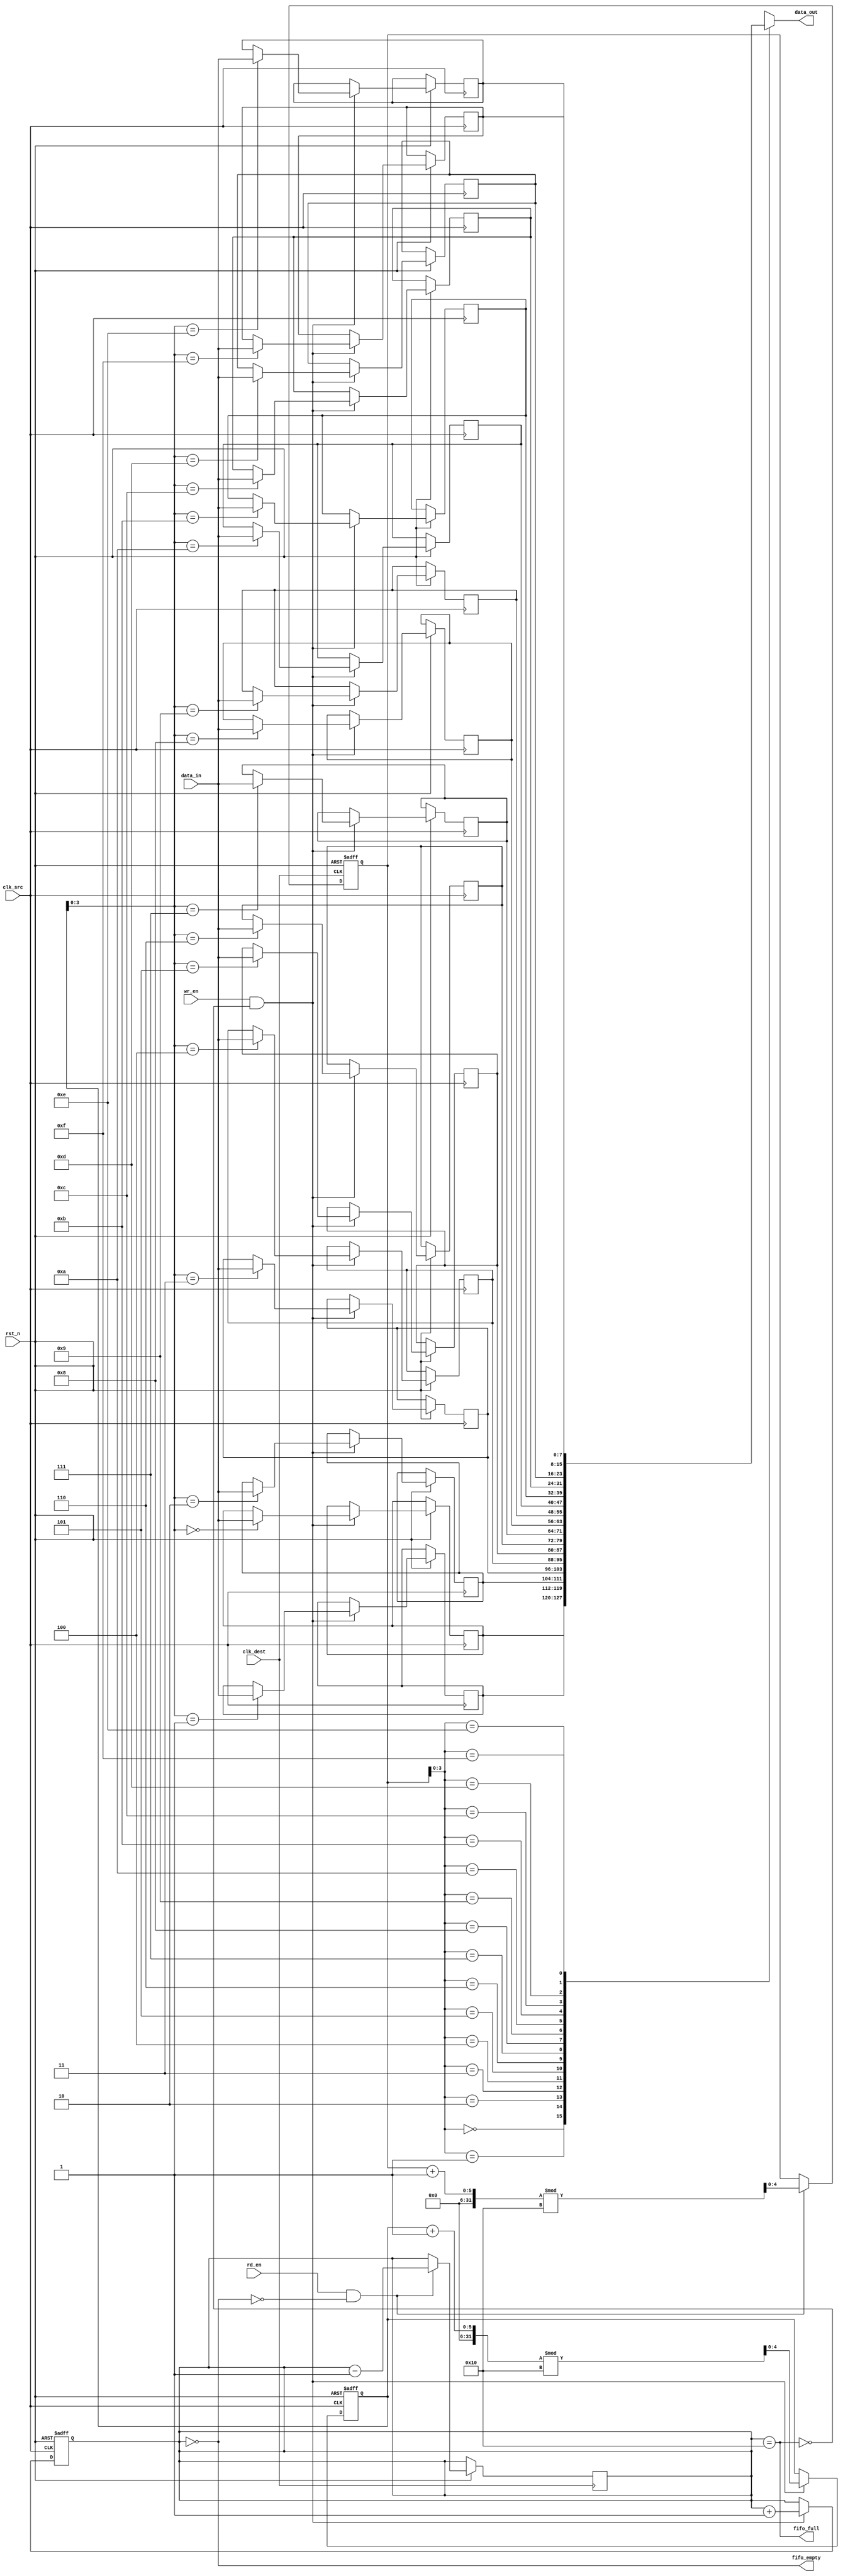
module fifo_synchronizer #(
    parameter DATA_WIDTH = 8,      // Width of the data bus
    parameter FIFO_DEPTH = 16       // Depth of the FIFO
)(
    input wire clk_src,             // Source clock
    input wire clk_dest,            // Destination clock
    input wire rst_n,               // Asynchronous reset (active low)
    
    // Source clock domain interface
    input wire [DATA_WIDTH-1:0] data_in,  // Data input
    input wire wr_en,               // Write enable signal
    output wire fifo_full,          // FIFO full flag
    output wire fifo_empty,         // FIFO empty flag
    
    // Destination clock domain interface
    output wire [DATA_WIDTH-1:0] data_out, // Data output
    input wire rd_en                // Read enable signal
);

    // FIFO memory
    reg [DATA_WIDTH-1:0] fifo_mem [0:FIFO_DEPTH-1];
    reg [4:0] wr_ptr;              // Write pointer
    reg [4:0] rd_ptr;              // Read pointer
    reg [4:0] fifo_count;          // Number of items in the FIFO

    // Asynchronous reset and write logic in the source clock domain
    always @(posedge clk_src or negedge rst_n) begin
        if (!rst_n) begin
            wr_ptr <= 0;
            fifo_count <= 0;
        end else if (wr_en && !fifo_full) begin
            fifo_mem[wr_ptr] <= data_in;
            wr_ptr <= (wr_ptr + 1) % FIFO_DEPTH;
            fifo_count <= fifo_count + 1;
        end
    end

    // Asynchronous reset and read logic in the destination clock domain
    always @(posedge clk_dest or negedge rst_n) begin
        if (!rst_n) begin
            rd_ptr <= 0;
        end else if (rd_en && !fifo_empty) begin
            rd_ptr <= (rd_ptr + 1) % FIFO_DEPTH;
            fifo_count <= fifo_count - 1;
        end
    end

    // Output data from FIFO
    assign data_out = fifo_mem[rd_ptr];

    // FIFO full and empty flags
    assign fifo_full = (fifo_count == FIFO_DEPTH);
    assign fifo_empty = (fifo_count == 0);

endmodule